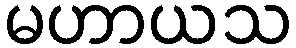
မဟာယသ